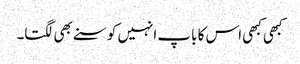
کبھی کبھی اس کا باپ انہیں کوسنے بھی لگتا۔